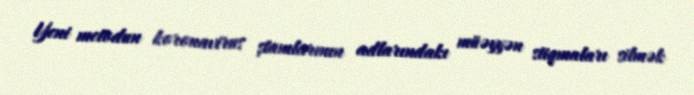
Yeni metodun koronavirus ştamlarının adlarındakı müəyyən stiqmaları silmək